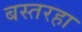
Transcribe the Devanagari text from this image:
बस्तरहा